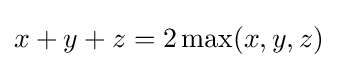
x+y+z=2\max(x,y,z)